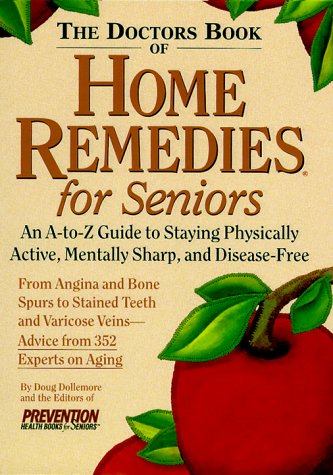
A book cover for The Doctor's Book of Home Remedies for Seniors; Doug Dollemore; Health, Fitness & Dieting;